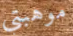
موهبتي